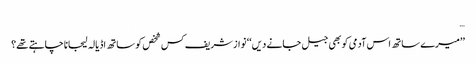
…
’’میرے ساتھ اس آدمی کو بھی جیل جانے دیں‘‘ نواز شریف کس شخص کو ساتھ اڈیالہ لیجانا چاہتے تھے؟